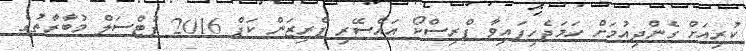
ކުރިއަށް ގެންދިއުމަށް ހަމަޖެހިފައިވާ ޕްރިސްކޯ އައްސޭރި ޕްރިޒަން ކަޕް 2016 ފުޓްސަލް މުބާރާތުގެ